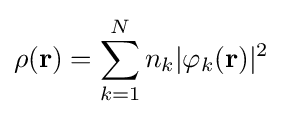
\rho (\mathbf {r} )=\sum _{k=1}^{N}n_{k}|\varphi _{k}(\mathbf {r} )|^{2}